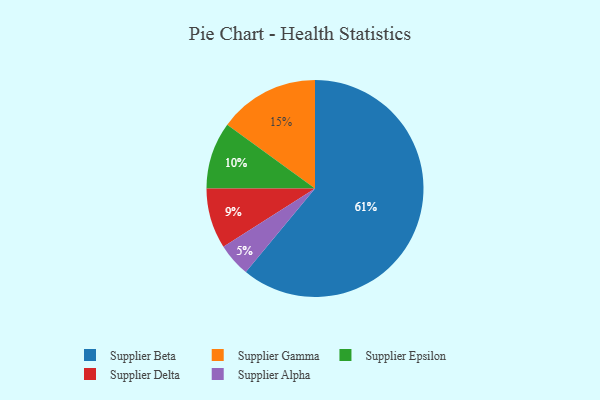
{"axis": {"x": "Category", "y": "Percentage"}, "legend": ["Supplier Alpha", "Supplier Beta", "Supplier Delta", "Supplier Epsilon", "Supplier Gamma"], "data": [{"x": "Supplier Alpha", "y": 5, "type": "Supplier Alpha"}, {"x": "Supplier Gamma", "y": 15, "type": "Supplier Gamma"}, {"x": "Supplier Epsilon", "y": 10, "type": "Supplier Epsilon"}, {"x": "Supplier Delta", "y": 9, "type": "Supplier Delta"}, {"x": "Supplier Beta", "y": 61, "type": "Supplier Beta"}]}